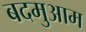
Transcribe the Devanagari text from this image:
बदमुआम